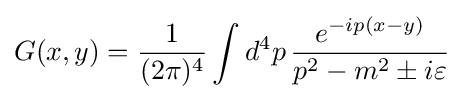
G(x,y)={\frac {1}{(2\pi )^{4}}}\int d^{4}p\,{\frac {e^{-ip(x-y)}}{p^{2}-m^{2}\pm i\varepsilon }}